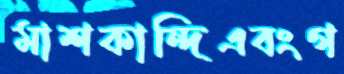
মাশকান্দিএবংগ